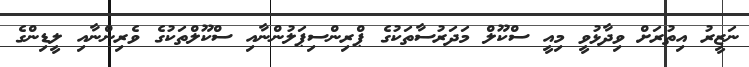
ނަޒީރު އިތުރަށް ވިދާޅުވީ މިއީ ސްކޫލް މަދަަރުސާތަކުގެ ޕްރިންސިޕަލުންނާއި ސްކޫލްތަކުގެ ވެރިންނާއި ލީޑިންގެ